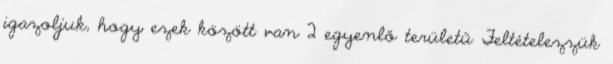
igazoljuk, hogy ezek között van 2 egyenlő területű Feltételezzük